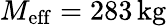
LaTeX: M_{\mathrm{eff}}=283\, \mathrm{kg}